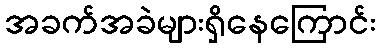
အခက်အခဲများရှိနေကြောင်း